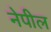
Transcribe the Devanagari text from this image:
नेपील